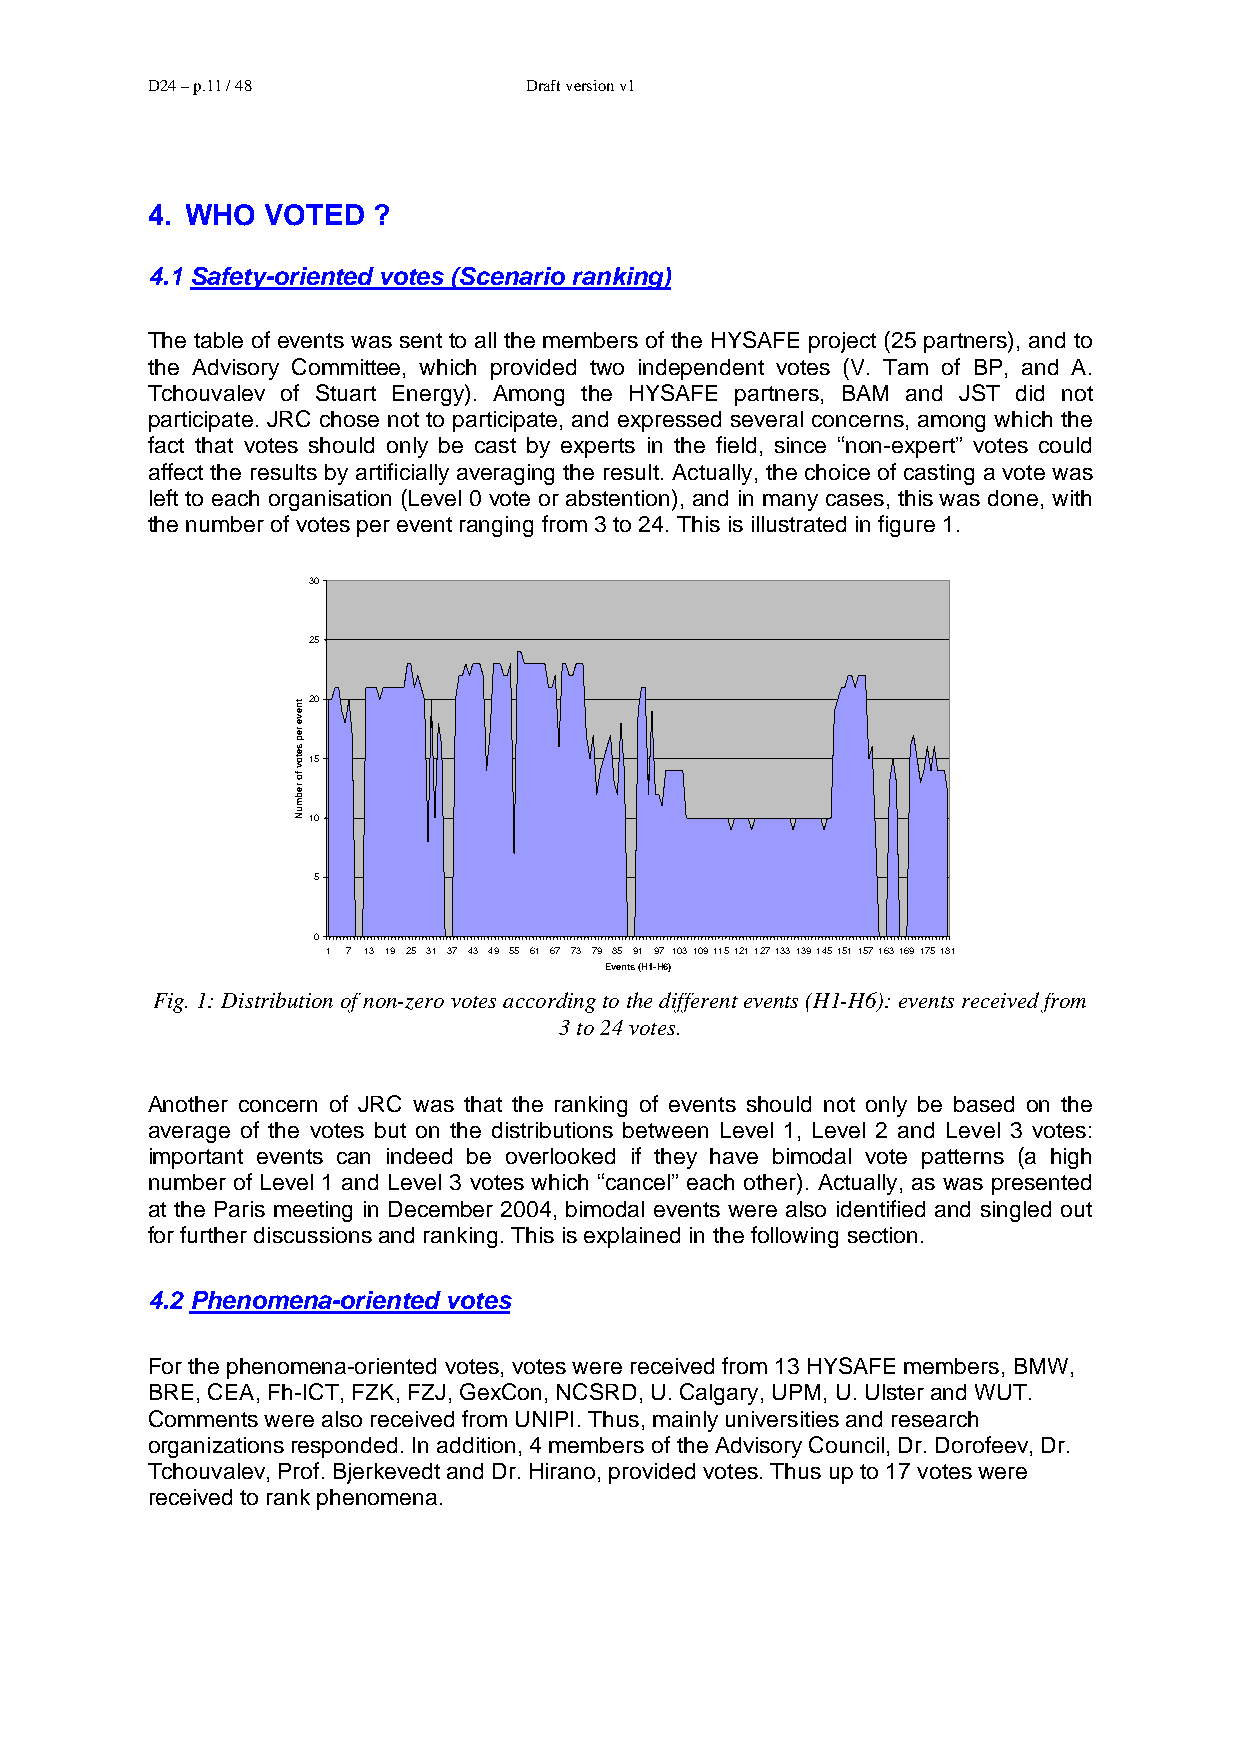
D24 – p.11 / 48          Draft version v1
 4. WHO  VOTED  ?
 4.1 Safety-oriented votes (Scenario ranking)
 The table of events was sent to all the members of the HYSAFE project (25 partners), and to
 the Advisory Committee, which provided two independent votes (V. Tam of BP, and A.
 Tchouvalev of Stuart Energy). Among the HYSAFE partners, BAM and JST did not
 participate. JRC chose not to participate, and expressed several concerns, among which the
 fact that votes should only be cast by experts in the field, since “non-expert” votes could
 affect the results by artificially averaging the result. Actually, the choice of casting a vote was
 left to each organisation (Level 0 vote or abstention), and in many cases, this was done, with
 the number of votes per event ranging from 3 to 24. This is illustrated in figure 1.
 30
 25
 20
 15
 10
 5
 0
 1 7 13 19 25 31 37 43 49 55 61 67 73 79 85 91 97 103109115121127133139145151157163169175181
 Events (H1-H6)
 Fig. 1: Distribution of non-zero votes according to the different events (H1-H6): events received from
 3 to 24 votes.
 Another concern of JRC was that the ranking of events should not only be based on the
 average of the votes but on the distributions between Level 1, Level 2 and Level 3 votes:
 important events can indeed be overlooked if they have bimodal vote patterns (a high
 number of Level 1 and Level 3 votes which “cancel” each other). Actually, as was presented
 at the Paris meeting in December 2004, bimodal events were also identified and singled out
 for further discussions and ranking. This is explained in the following section.
 4.2 Phenomena-oriented votes
 For the phenomena-oriented votes, votes were received from 13 HYSAFE members, BMW,
 BRE, CEA, Fh-ICT, FZK, FZJ, GexCon, NCSRD, U. Calgary, UPM, U. Ulster and WUT.
 Comments were also received from UNIPI. Thus, mainly universities and research
 organizations responded. In addition, 4 members of the Advisory Council, Dr. Dorofeev, Dr.
 Tchouvalev, Prof. Bjerkevedt and Dr. Hirano, provided votes. Thus up to 17 votes were
 received to rank phenomena.
 tneve
 rep
 setov
 fo
 rebmuN